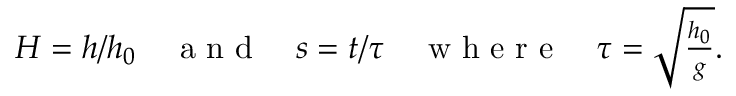
\begin{array} { r } { H = h / h _ { 0 } \quad \mathrm { ~ a ~ n ~ d ~ } \quad s = t / \tau \quad \mathrm { ~ w ~ h ~ e ~ r ~ e ~ } \quad \tau = \sqrt { \frac { h _ { 0 } } { g } } . } \end{array}